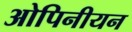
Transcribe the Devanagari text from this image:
ओपिनीयन